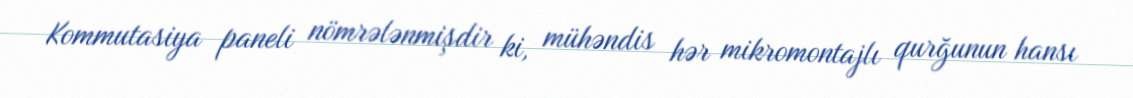
Kommutasiya paneli nömrələnmişdir ki, mühəndis hər mikromontajlı qurğunun hansı